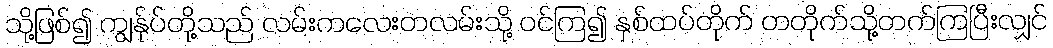
သို့ဖြစ်၍ ကျွန်ုပ်တို့သည် လမ်းကလေးတလမ်းသို့ ဝင်ကြ၍ နှစ်ထပ်တိုက် တတိုက်သို့တက်ကြပြီးလျှင်